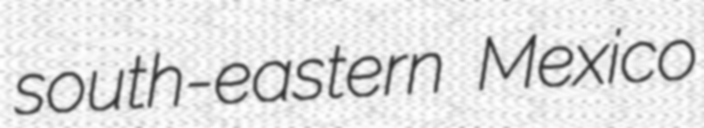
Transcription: south-eastern Mexico